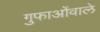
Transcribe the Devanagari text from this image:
गुफाओंवाले